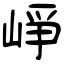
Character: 崢